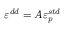
\varepsilon ^ { d d } = { \cal A } \varepsilon _ { p } ^ { s t d }